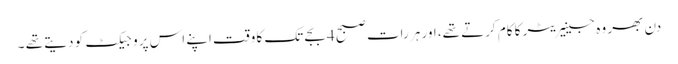
دن بھر وہ جینیریٹر کا کام کرتے تھے، اور ہر رات صبح 4 بجے تک کا وقت اپنے اس پروجیکٹ کو دیتے تھے ۔